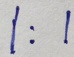
1 : 1